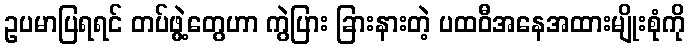
ဥပမာပြရရင် တပ်ဖွဲ့တွေဟာ ကွဲပြား ခြားနားတဲ့ ပထဝီအနေအထားမျိုးစုံကို